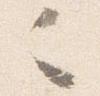
之